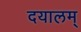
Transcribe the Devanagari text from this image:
दयालम्